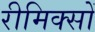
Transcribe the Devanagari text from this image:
रीमिक्सों